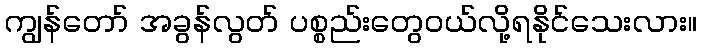
ကျွန်တော် အခွန်လွတ် ပစ္စည်းတွေဝယ်လို့ရနိုင်သေးလား။